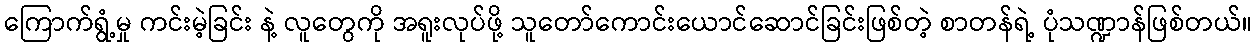
ကြောက်ရွံ့မှု ကင်းမဲ့ခြင်း နဲ့ လူတွေကို အရူးလုပ်ဖို့ သူတော်ကောင်းယောင်ဆောင်ခြင်းဖြစ်တဲ့ စာတန်ရဲ့ ပုံသဏ္ဍာန်ဖြစ်တယ်။